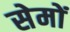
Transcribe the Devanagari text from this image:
सेमों